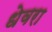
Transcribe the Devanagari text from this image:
धेवरा